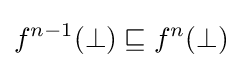
f^{n-1}(\bot )\sqsubseteq f^{n}(\bot )